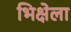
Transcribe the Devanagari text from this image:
भिक्षेला